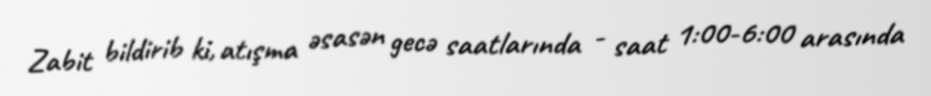
Zabit bildirib ki, atışma əsasən gecə saatlarında - saat 1:00-6:00 arasında